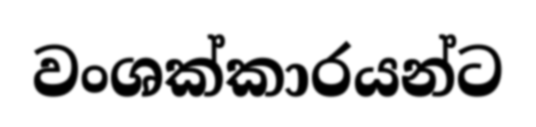
වංශක්කාරයන්ට